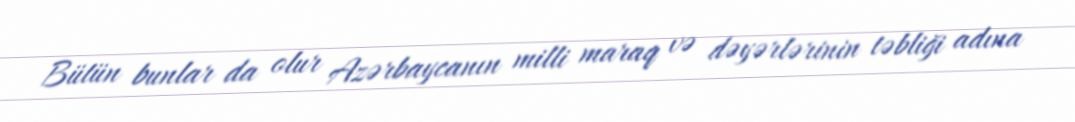
Bütün bunlar da olur Azərbaycanın milli maraq və dəyərlərinin təbliği adına